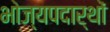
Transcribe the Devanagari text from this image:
भोज्यपदार्थों